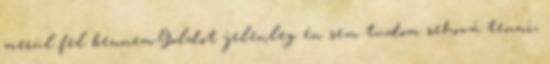
merül fel bennem.Goldot jelenleg én sem tudom sehová tenni,